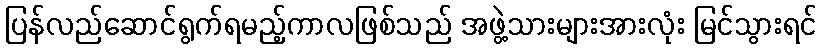
ပြန်လည်ဆောင်ရွက်ရမည့်ကာလဖြစ်သည် အဖွဲ့သားများအားလုံး မြင်သွားရင်